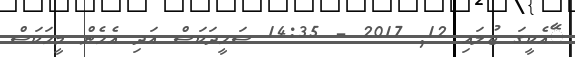
ާޭއެކީގަ ޖުލައި 12